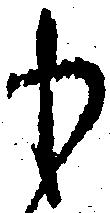
も